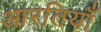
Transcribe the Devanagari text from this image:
आरतियाँ